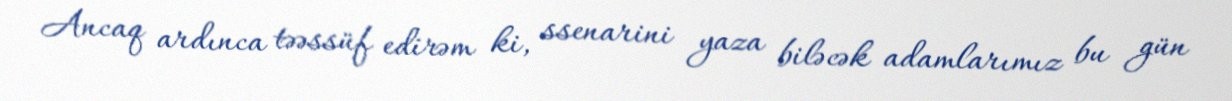
Ancaq ardınca təəssüf edirəm ki, ssenarini yaza biləcək adamlarımız bu gün